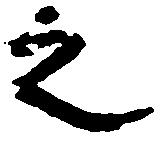
之